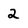
Character: 2